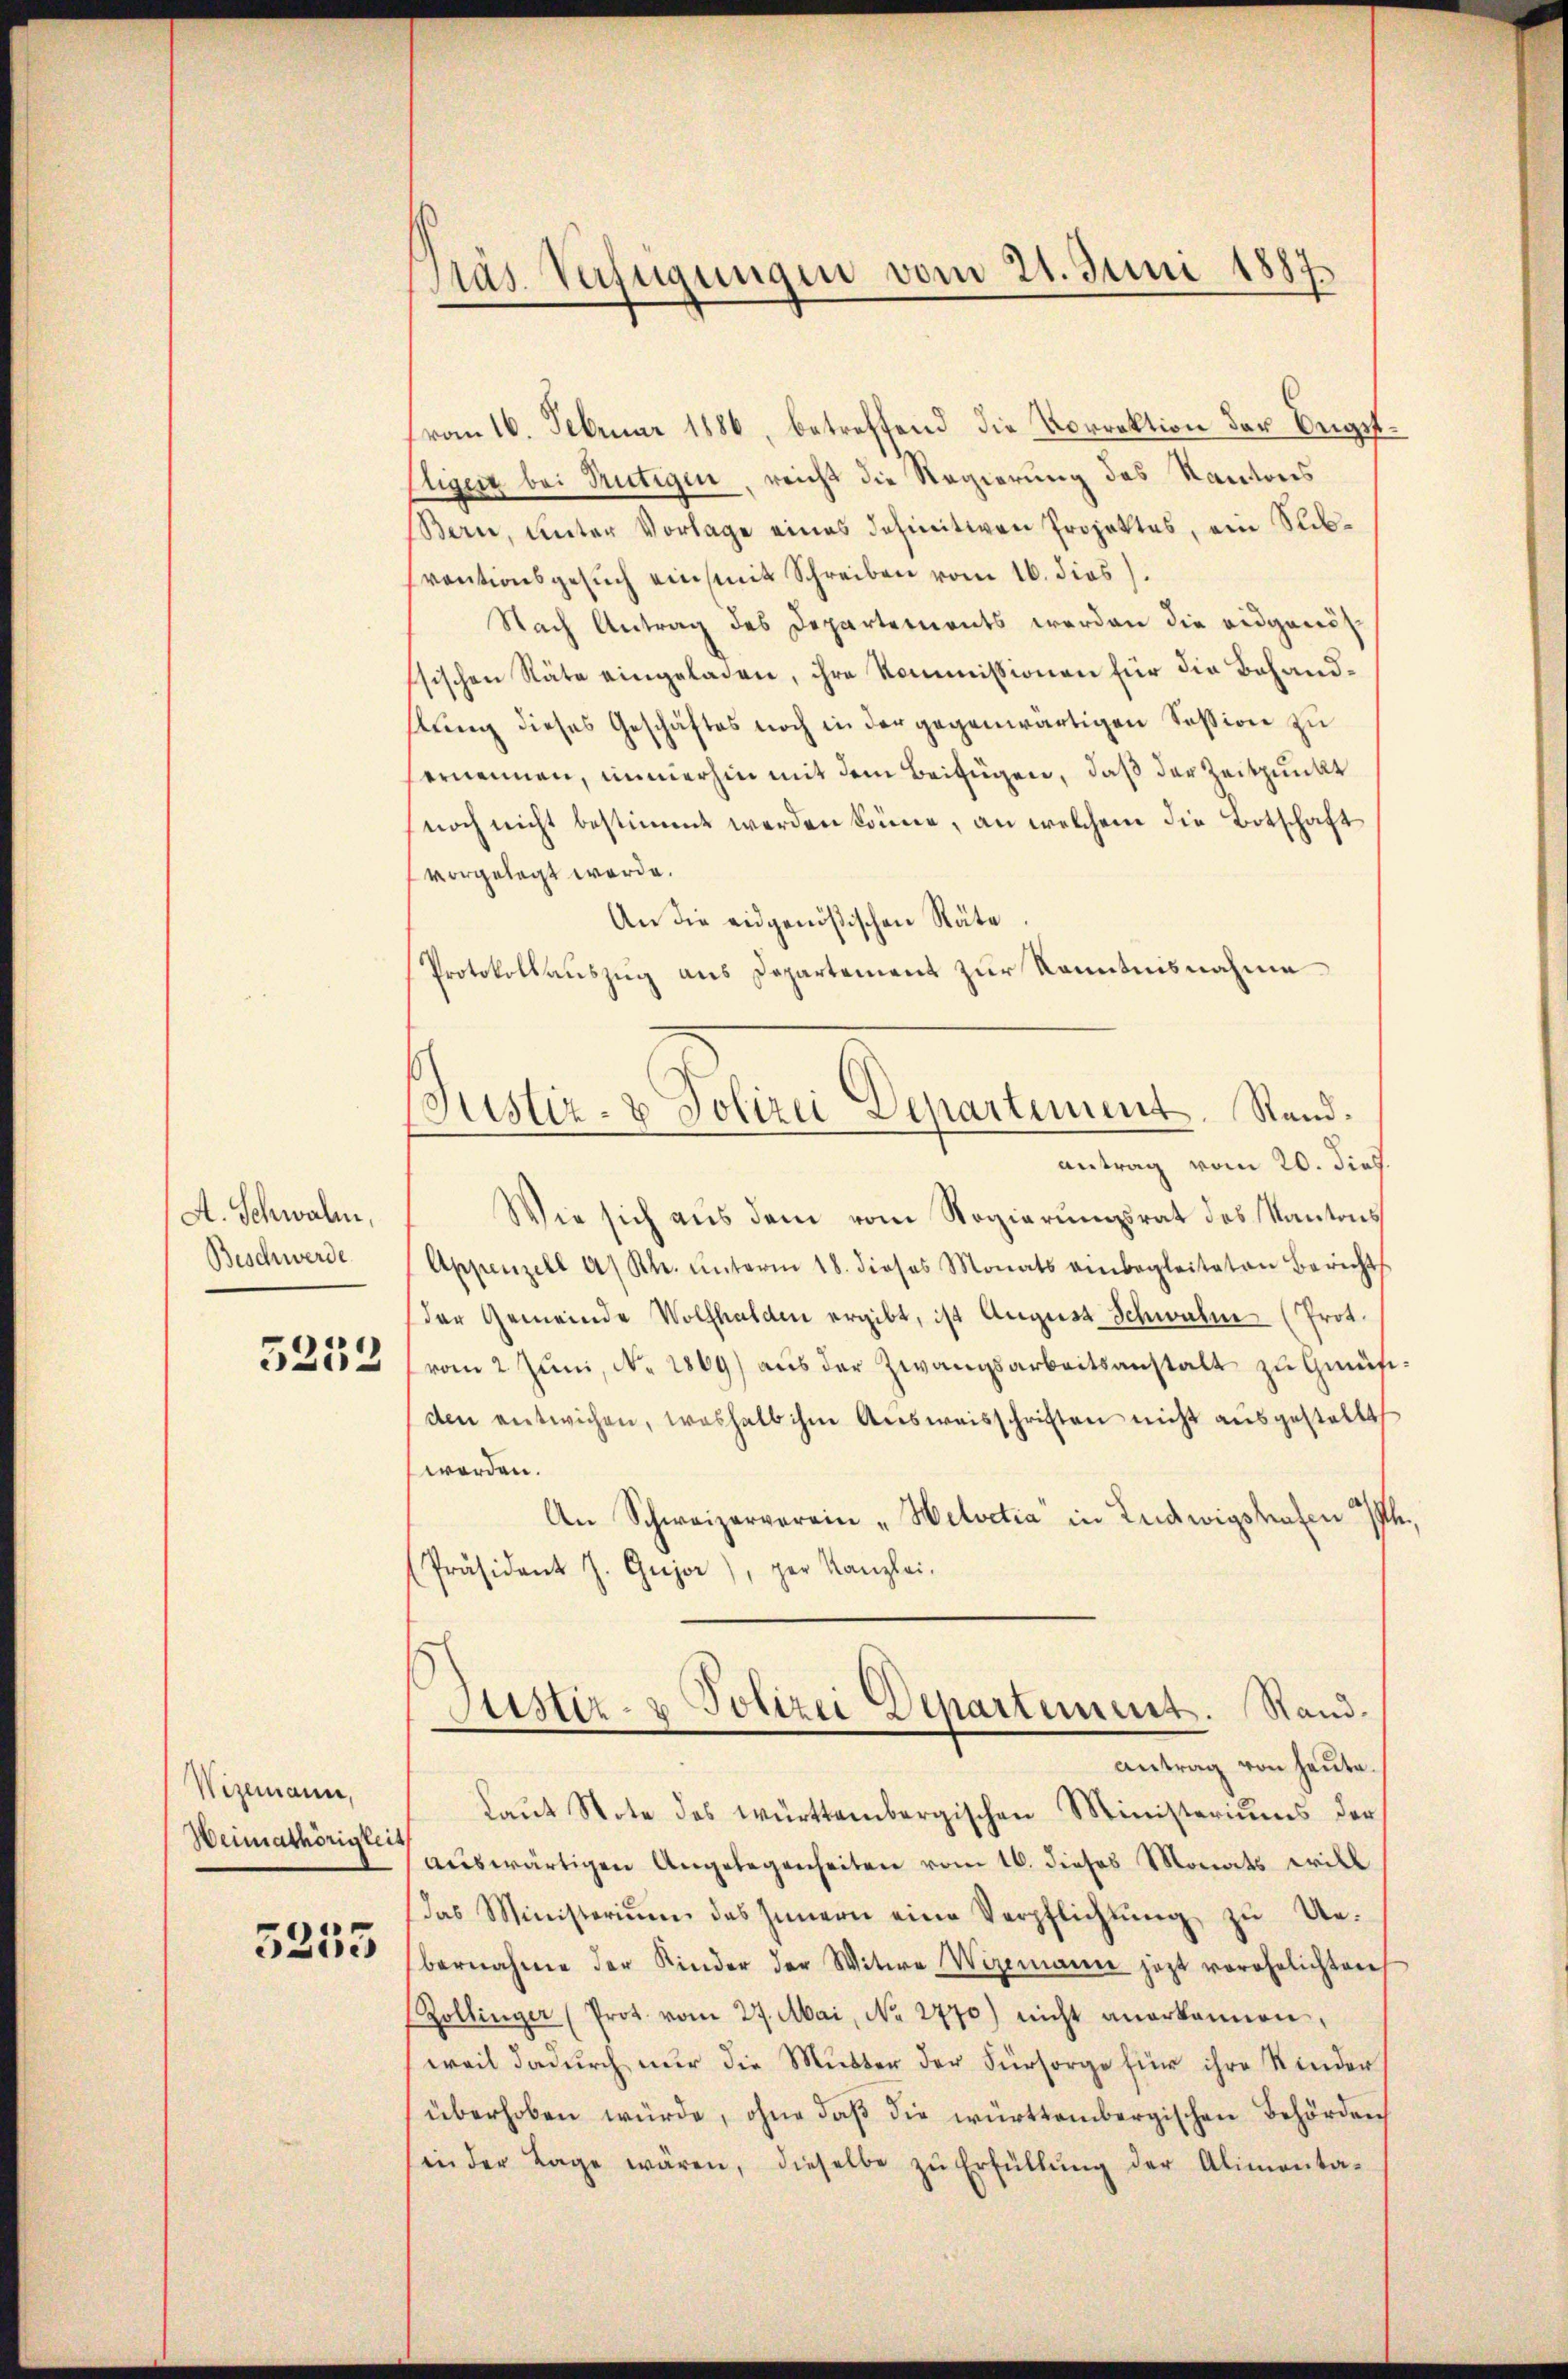
A. Schwalm,
Beschwerde

5252

Wizemann,
Weimathörigkeit

5253

Präs. Verfügungen vom 21. Juni 1887
4

(von 16. Februar 1886, betreffend die Vorrektion der Beigsttiger bei Tutigen, reicht die Regierung des Kantons
Bern, unter Vorlage eines definitiven Projektes, ein Rebventionsgesuch ein mit Schreiben vom 16. dies).
Nach Antrag des Departements werden die eidgenösssischen Räte eingeladen, ihre Kommissionen für die Behandstung dieses Geschäftes noch in der gegenwärtigen Session zu
ernennen, immerhin mit dem Beifügen, daß der Zeitpunkt
noch nicht bestimmt werden könne, an welchem die Botschaft
vorgelegt werde.
An die eidgenößischen Räte
Protokollauszug aus Departement zur Kenntnisnahme
Wie sich aus dem vom Regierungsrat des Kantons
Appenzell a. Rh. unterm 18. dieses Monats einbegleiteten Berichts
der Gemeinde Wolfhalden ergibt, ist August Schwalm (Prot.
vom 2 Juni, No. 1869) aus der Zwangsarbeitsanstalt zu Gmüf
den entwichen, weshalb ihm Aŭsweisschriften nicht aŭsgestellt
werden.
An Schweizerverein „Helvetia" in Ludwigstrafen 2/
Präsident J. Gujer), der Kanzlei-
Justiz- & Polizei Departement. Stand.
antrag von heute.
Laut Note des württembergischen Ministeriums der
auswärtigen Angelegenheiten vom 16. dieses Monats will
das Ministerium des Innern eine Verpflichtŭng zŭ Ue-
bernahme der Kinder der Witwe Wizemanne jezt verehelichten
Zollinger (Prot. vom 27. Mai, No. 2770) nicht anerkannen,
weil dadurch nur die Mutter der Fürsorge für ihre Kinder
überhoben würde, ohne daß die württembergischen Behörden
in der Lage wären, dieselbe zŭ Erfüllŭng der Alimonta-

Justiz- & Polizei Departement. Stand.
antrag vom 20. dies